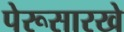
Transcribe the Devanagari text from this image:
पेरूसारखे